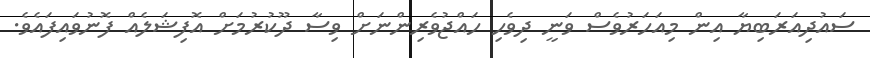
ސައުދިއަރަބިޔާ އިން މިއަހަރުވެސް ވަނީ ދިވެހި ހައްޖުވެރިންނަށް ވިސާ ދޫކުރުމަށް އޮފިޝަލެއް ފޮނުވައިފައެވެ.